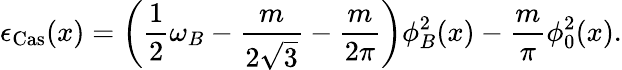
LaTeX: \epsilon_{\mathrm{Cas}}(x)=\left(\frac{1}{2}\omega_{B}-\frac{m}{2\sqrt{3}}-\frac{m}{2\pi}\right)\phi_{B}^{2}(x)-\frac{m}{\pi}\phi_{0}^{2}(x).